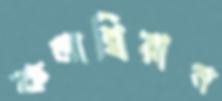
কলাম্বিয়ান